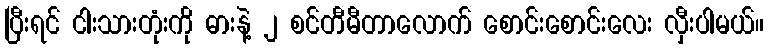
ပြီးရင် ငါးသားတုံးကို ဓားနဲ့ ၂ စင်တီမီတာလောက် စောင်းစောင်းလေး လှီးပါမယ်။